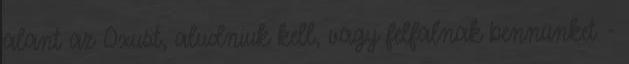
alant az Oxust, aludniuk kell, vagy felfalnak bennünket -